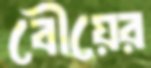
বৌয়ের